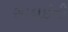
સાદાઈની